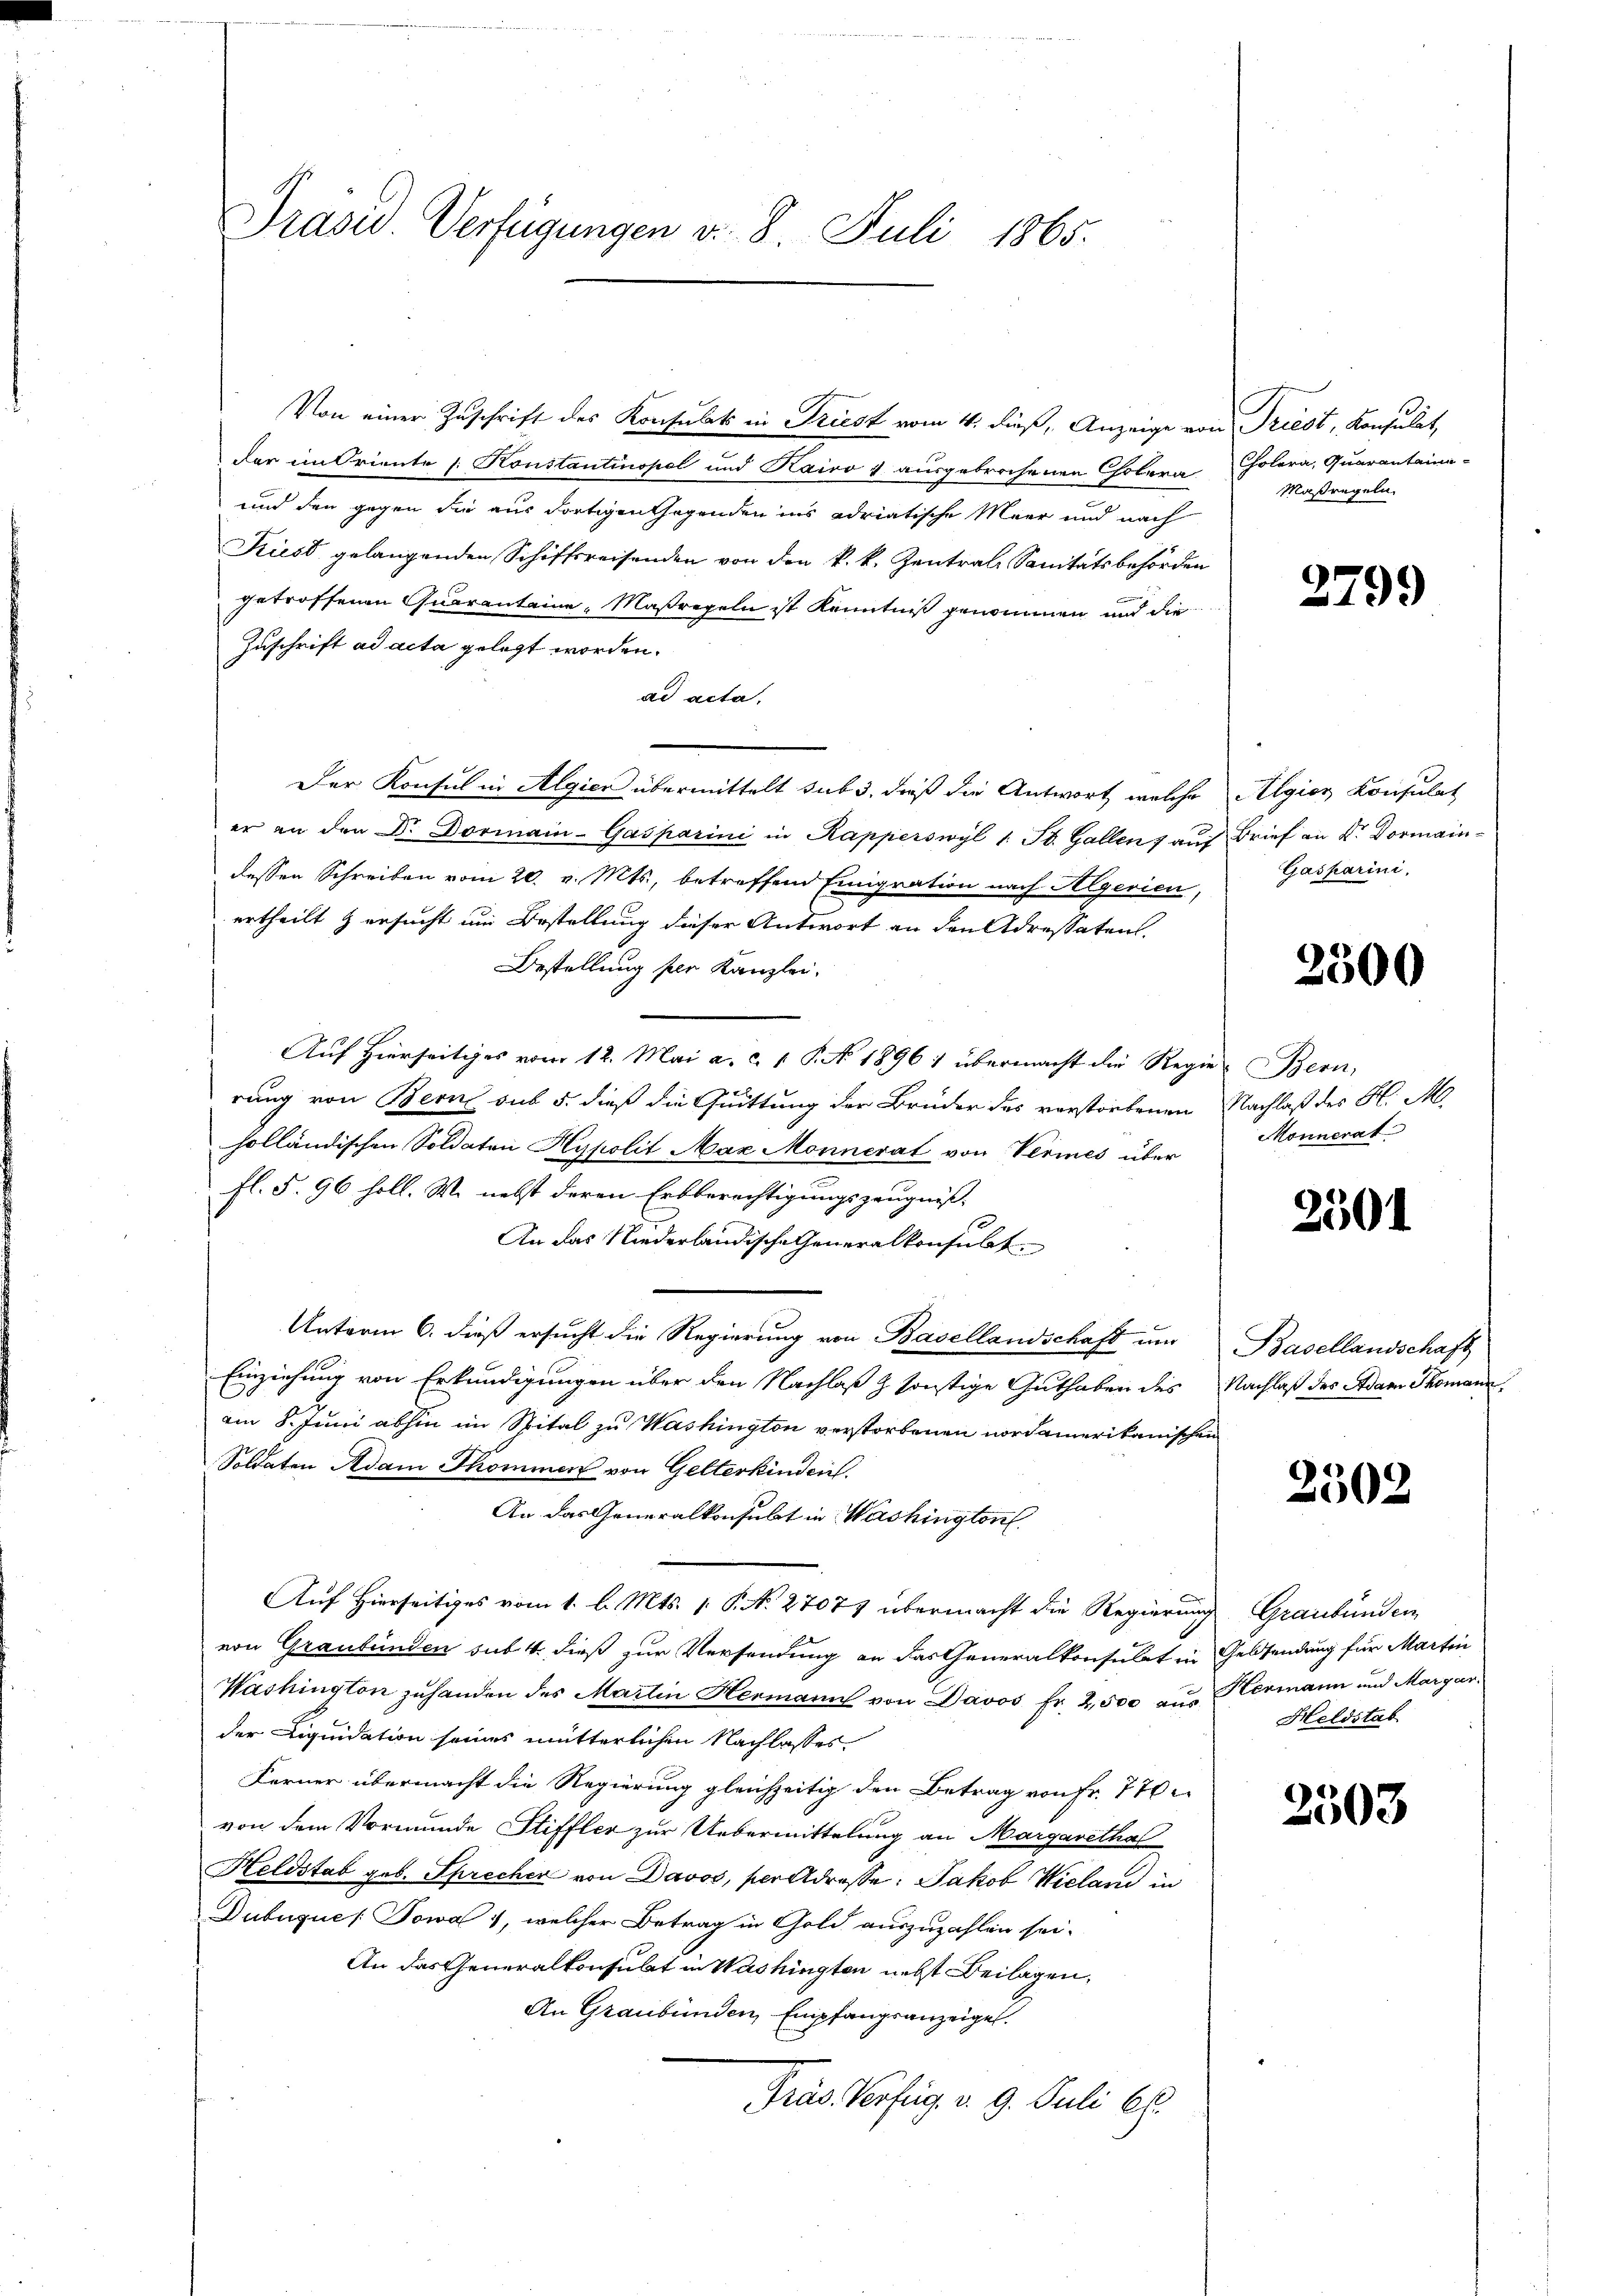
Präsid. Verfügungen v. 8. Juli 1865.

Von einer Zuschrift des Konsulat in Triest vom 4. dieß, Anzeige von Triest, Konsulat,
dar im Oriente 1. Konstantinopel und Kairo 4 ausgebrochenen Cholera Cholera, Quarantaina-
und den gegen die aus dortigen tagenden ins adriatische Meer und nach
Kiest gelangenden Schiffsreisenden von den k. k. Zentral Sanitätsbehörden
getroffenen Quaranteine Maßregeln ist Kenntniß genommen und die
Zuschrift ad acta gelegt worden.
ad acta.
Der Konsul in Algien übermittelt sub 3, dieß die Antwort, welche Algien Konsulat
er an den Dr. Dormain-Gasparini in Kapperswyl 1. St. Gallen 7 aŭf Brief an K. Vormain-
dessen Schreiben vom 20. v. Mts., betreffend Emigration nach Algerien,
ertheilt & ersucht um Bestellung dieser Antwort an den Adressaten.
Bestellung per Kanzlei-
Auf Hierseitiges vom 12. Mai a. c. 1 P. No. 1896 1 übermacht die Regie-Bern,
rung von Berne sub 5. dieß die Quittung der Brüder des verstorbenen Nachlaß des H. M
holländischen Soldaten Hypolit Max Monnerat von Vermes über
fl. §. 96 holl. W. nebst deren Erbberechtigungszeugnis-
An das Niederländische Generalkonsulat
Unterm 6. dieß ersucht die Regierung von Basellandschaft um Basellandschaft
Einziehung von Erkundigungen über den Nachlaß z sonstige Guthaben des Nachlaß des Adam Thomann
am 8. Juni abhin im Spital zu Washington verstorbenen nordamerikanischen
Soldaten Adam Thommen von Gelterkinden.
An das Generalkonsubt in Washington
Auf Hierseitiges vom 1. l. Mts. 1. P. N. 27077 übermacht die Regierung Graubünden
von Graubünden sub. 4. dieß zur Versendung an das Generalkonsulat in Geldsendung für Martin
Washington zuhanden des Martin Hermann von Davos Fr. 2,500 aus Hermann und Margar
der Liquidation seines mütterlichen Nachlasses.
Kerner übermacht die Regierung gleichzeitig den Betrag von Fr. 770
von dem Vormunde Stiffler zur Uebermittelung an Margarethal
Heldstab geb. Sprecher von Davos, perdresse: Jakob Wielarii in
Dubugue / Sowa , welcher Betrag in Gold auszuzahlen sei.
An das Generalkonsubt in Washingten nebst Beilagen,
An Graubünden, Empfangsanzeigel.
Präs. Verfüg v. 9. Juli l.

Maßregeln.

2799

Gasparini,

.
000

Monnerat

2501

2502

Heldstab

2503